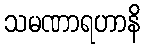
သမဏာရဟာနိ